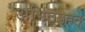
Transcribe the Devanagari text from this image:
अभिलंबवत्‌